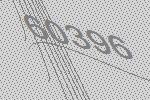
60396